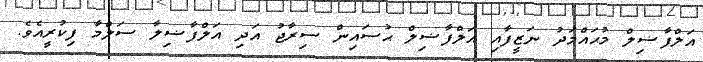
އަލްފާޟިލް މުޙައްމަދު ނަޒީފާއި އަލްފާޟިލް ޙުސައިން ސިރާޖު އަދި އަލްފާޟިލާ ސަލްމާ ފިކުރީއެވެ.